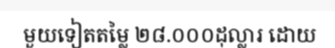
មួយទៀតតម្លៃ ២៨.០០០ដុល្លារ ដោយ